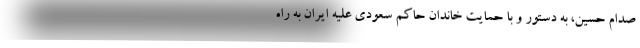
صدام حسین، به دستور و با حمایت خاندان حاکم سعودی علیه ایران به راه